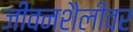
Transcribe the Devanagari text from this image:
जीवनशैलींवर